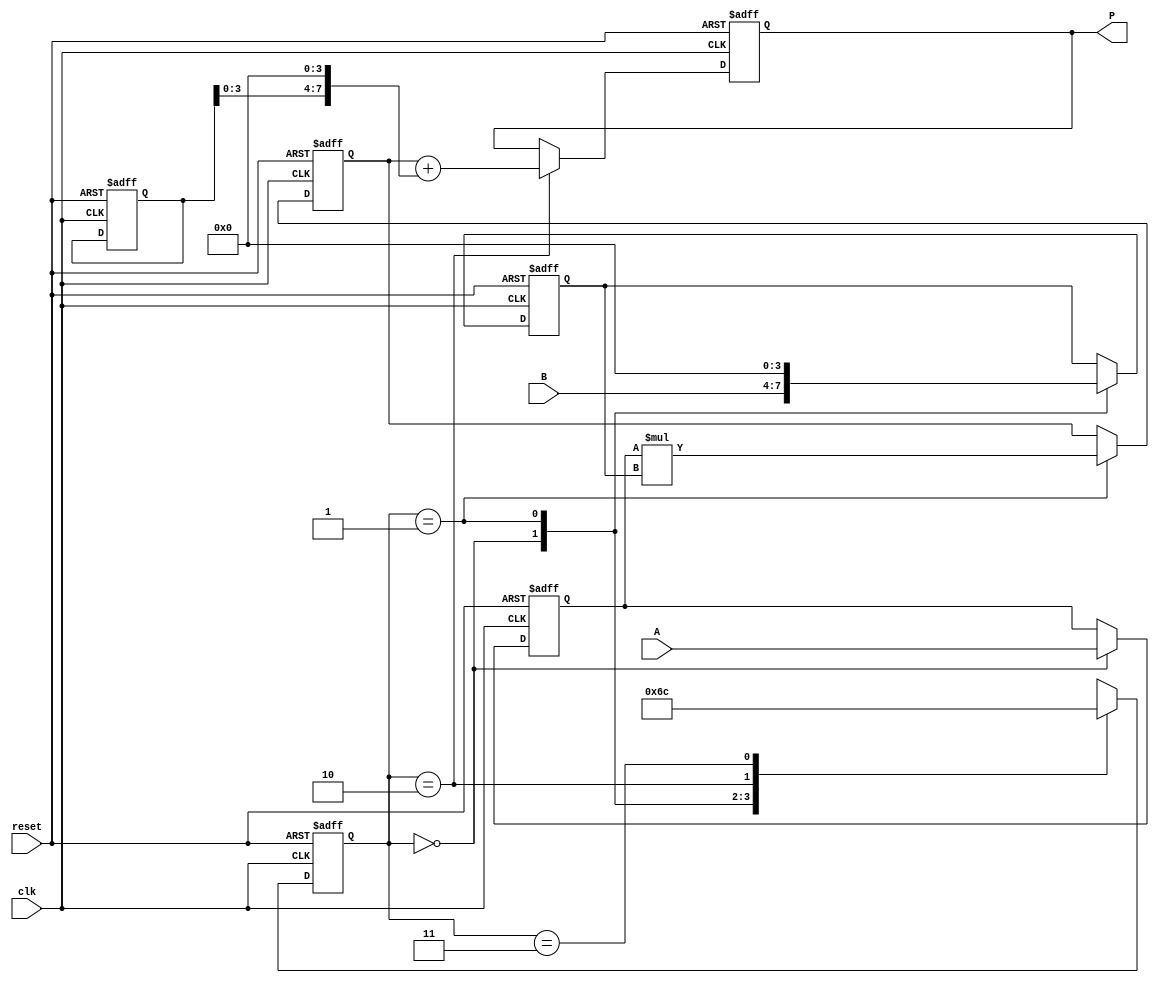
module systolic_multiplier (
    input clk,
    input reset,
    input [3:0] A,
    input [3:0] B,
    output reg [7:0] P // 8-bit output for the product
);

    // Processing Elements (PEs) storage
    reg [3:0] pe [1:0][1:0]; // 2x2 PE array
    reg [7:0] partial_sum [1:0]; // To hold sums from each PE
    reg [1:0] state; // State for FSM

    // Control FSM states
    parameter IDLE = 2'b00, LOAD = 2'b01, COMPUTE = 2'b10, OUTPUT = 2'b11;

    // Reset logic
    always @(posedge clk or posedge reset) begin
        if (reset) begin
            P <= 8'b0;
            state <= IDLE;
            partial_sum[0] <= 8'b0;
            partial_sum[1] <= 8'b0;
            pe[0][0] <= 4'b0;
            pe[0][1] <= 4'b0;
            pe[1][0] <= 4'b0;
            pe[1][1] <= 4'b0;
        end else begin
            case (state)
                IDLE: begin
                    // Load inputs into PEs
                    pe[0][0] <= A; // Load A into PE[0][0]
                    pe[0][1] <= 4'b0; // No input in PE[0][1]
                    pe[1][0] <= B; // Load B into PE[1][0]
                    pe[1][1] <= 4'b0; // No input in PE[1][1]
                    state <= LOAD;
                end

                LOAD: begin
                    // Perform multiplication in PEs
                    partial_sum[0] <= pe[0][0] * pe[1][0]; // PE[0][0] multiplies
                    // Shift data to next PEs
                    pe[0][0] <= pe[0][0]; // PE[0][0] stays the same
                    pe[0][1] <= partial_sum[0][3:0]; // PE[0][1] gets lower bits of product
                    pe[1][0] <= 4'b0; // PE[1][0] becomes idle
                    pe[1][1] <= pe[1][0]; // PE[1][1] gets the upper bits of product
                    state <= COMPUTE;
                end

                COMPUTE: begin
                    // Accumulate results
                    P <= partial_sum[0] + (partial_sum[1] << 4); // Accumulate all products
                    state <= OUTPUT;
                end

                OUTPUT: begin
                    // Final result is ready
                    // You can add further logic if needed here
                    state <= IDLE; // Reset to IDLE to wait for the next operation
                end
            endcase
        end
    end
endmodule